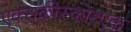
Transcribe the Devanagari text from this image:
एक्सकीस्कोरएक